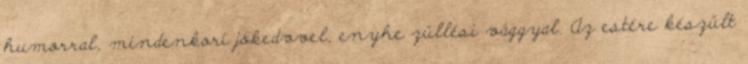
humorral, mindenkori jókedvvel, enyhe züllési vággyal. Az estére készült